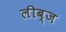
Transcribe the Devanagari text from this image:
लीब्ज